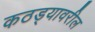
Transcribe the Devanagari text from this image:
कठड्यावरील